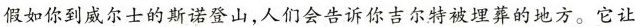
假如你到威尔士的斯诺登山，人们会告诉你吉尔特被埋葬的地方。它让